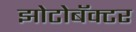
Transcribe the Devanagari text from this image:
झोटोबॅक्टर